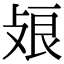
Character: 𢽂